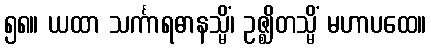
၅၈။ ယထာ သင်္ကာရဓာနသ္မိံ၊ ဥဇ္ဈိတသ္မိံ မဟာပထေ။